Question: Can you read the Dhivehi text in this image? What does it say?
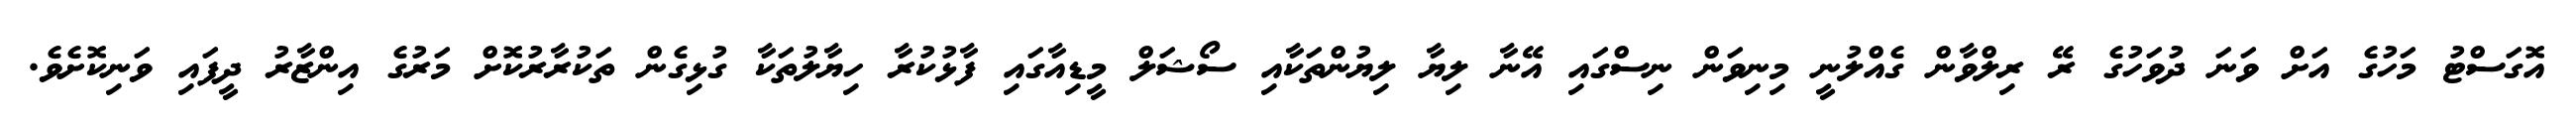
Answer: އޮގަސްޓު މަހުގެ އަށް ވަނަ ދުވަހުގެ ރޭ ރިލްވާން ގެއްލުނީ މިނިވަން ނިސްގައި އޭނާ ލިޔާ ލިޔުންތަކާއި ސޯޝަލް މީޑިއާގައި ފާޅުކުރާ ހިޔާލުތަކާ ގުޅިގެން ތަކުރާރުކޮށް މަރުގެ އިންޒާރު ދީފައި ވަނިކޮށެވެ.